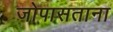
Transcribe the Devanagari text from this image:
जोपासताना